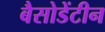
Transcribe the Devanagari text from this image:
बैसोडेंटीन